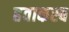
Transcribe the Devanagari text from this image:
हवाकस्‍ब